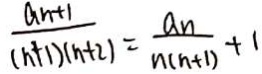
\frac { a _ { n } + 1 } { ( n + 1 ) ( n + 2 ) } = \frac { a _ { n } } { n ( n + 1 ) } + 1